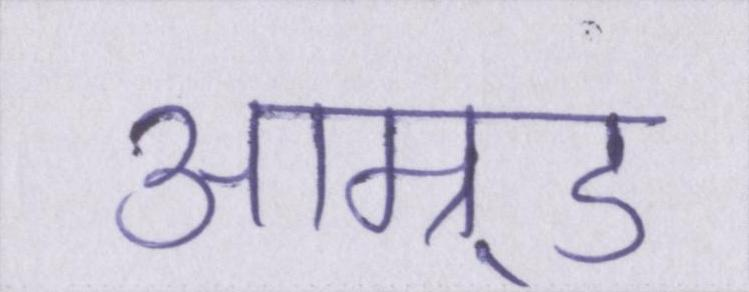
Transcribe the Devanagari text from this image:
आम्र्ड